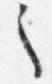
之